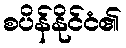
စပိန်နိုင်ငံ၏